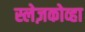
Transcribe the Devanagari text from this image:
स्लेज़कोव्हा